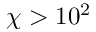
\chi > 1 0 ^ { 2 }